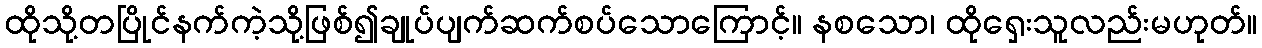
ထိုသို့တပြိုင်နက်ကဲ့သို့ဖြစ်၍ချုပ်ပျက်ဆက်စပ်သောကြောင့်။ နစသော၊ ထိုရှေးသူလည်းမဟုတ်။